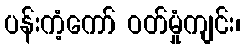
ပန်းကံ့ကော် ဝတ်မှုံကျင်း၊